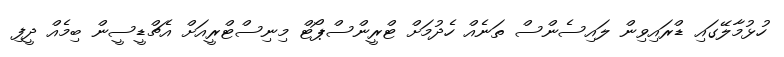
ހުޅުމާލޭގައި ޑްރައިވިން ލައިސެންސް ތަނެއް ހެދުމަށް ޓްރީންސްޕޯޓް މިނިސްޓްރީއަށް އެޗްޑީސީން ބިމެއް ދީފި